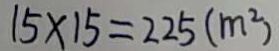
1 5 \times 1 5 = 2 2 5 ( m ^ { 2 } )